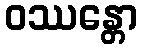
ဝဿန္တော